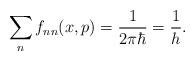
LaTeX: \begin{align*}\sum_nf_{nn}(x,p)=\frac{1}{2\pi\hbar}=\frac{1}{h} . \end{align*}